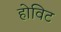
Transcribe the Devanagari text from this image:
होविट